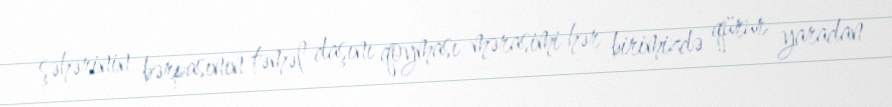
şəhərinin bərpasının təməl daşını qoyması mərasimi hər birimizdə qürur yaradan